Vaccination in the Punjab 1905-1918 - 1905-1918
Year: 1905
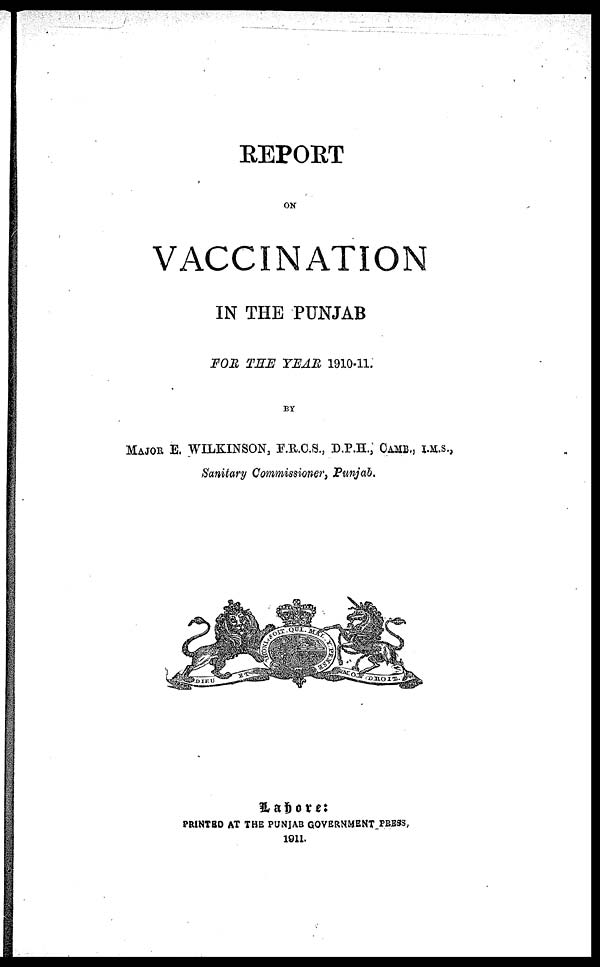
REPORT
ON
VACCINATION
IN THE PUNJAB
FOR THE YEAR 1910-11.
BY
MAJOR E. WILKINSON, F.R.C.S., D.P.H., CAMB., I.M.S.,
Sanitary Commissioner, Punjab.
Lahore:
PRINTED AT THE PUNJAB GOVERNMENT PRESS,
1911.